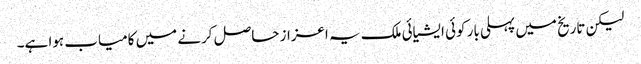
لیکن تاریخ میں پہلی بار کوئی ایشیائی ملک یہ اعزاز حاصل کرنے میں کامیاب ہوا ہے۔